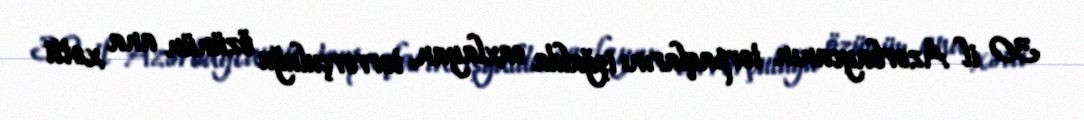
30 il Azərbaycanın torpaqlarını işğalda saxlayan, terrorçuluğu özünün ana xətti